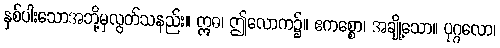
နှစ်ပါးသောအဘို့မှလွတ်သနည်း။ ဣဓ၊ ဤလောက၌။ ဧကစ္စော၊ အချို့သော။ ပုဂ္ဂလော၊